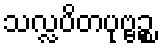
သလ္လပိတပုဗ္ဗဉ္စ